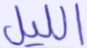
الليل